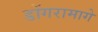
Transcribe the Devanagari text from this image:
डोंगरामागे